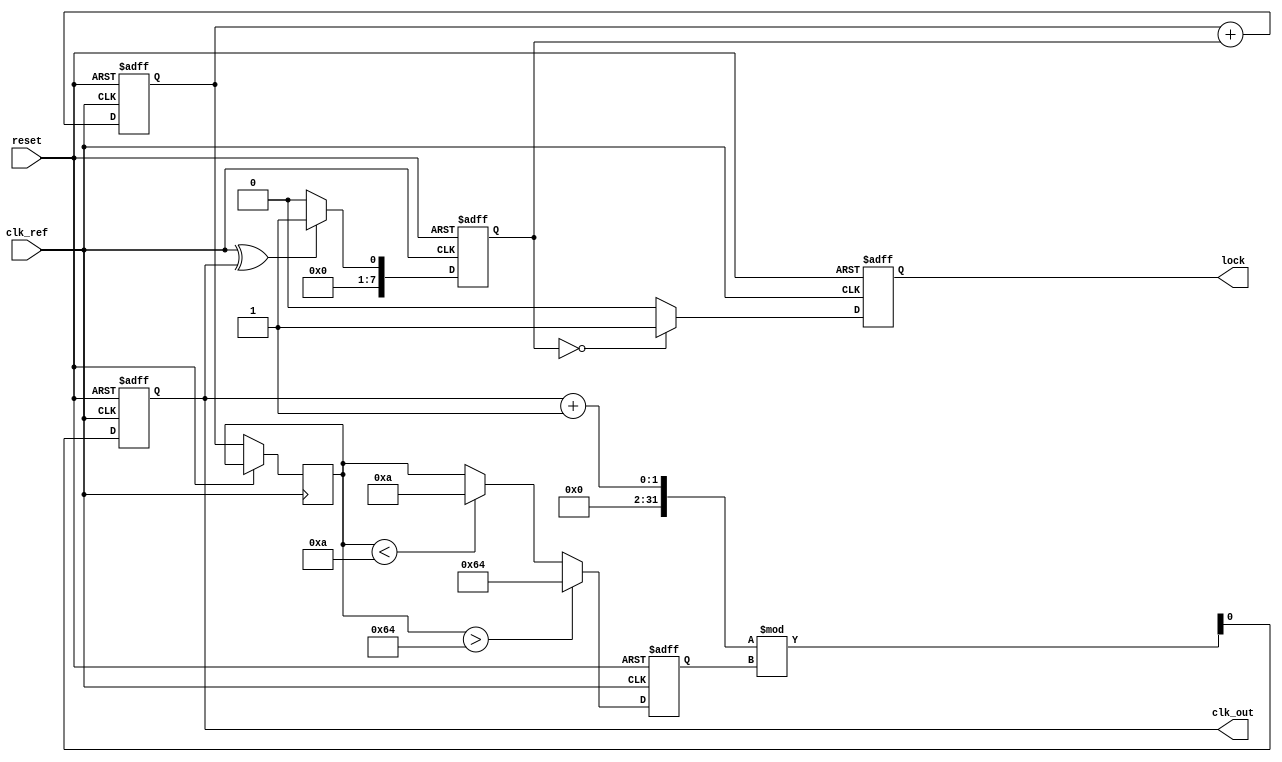
module PLL (
    input wire clk_ref,          // Reference clock input
    input wire reset,            // Reset signal
    output reg clk_out,          // Output clock
    output reg lock              // Lock indicator
);

// Parameters
parameter integer VCO_MAX_FREQ = 100; // Maximum VCO frequency
parameter integer VCO_MIN_FREQ = 10;   // Minimum VCO frequency
parameter integer DIVIDER = 4;          // Feedback divider

// Internal signals
reg [7:0] phase_error;                  // Phase error signal
reg [7:0] control_voltage;               // Control voltage for VCO
reg [7:0] vco_output;                    // VCO output frequency
reg [7:0] feedback;                      // Feedback signal
reg [7:0] loop_filter;                   // Loop filter output
reg vco_enable;                          // VCO enable signal

// Phase Detector (PD)
always @(posedge clk_ref or posedge reset) begin
    if (reset) begin
        phase_error <= 0;
    end else begin
        // Simple XOR phase detector
        phase_error <= (clk_ref ^ clk_out) ? 1 : 0; // Phase error signal
    end
end

// Loop Filter (LF)
always @(posedge clk_ref or posedge reset) begin
    if (reset) begin
        loop_filter <= 0;
    end else begin
        // Simple proportional-integral filter
        loop_filter <= loop_filter + phase_error; // Integrate phase error
        control_voltage <= loop_filter; // Update control voltage
    end
end

// Voltage-Controlled Oscillator (VCO)
always @(posedge clk_ref or posedge reset) begin
    if (reset) begin
        vco_output <= VCO_MIN_FREQ; // Start at minimum frequency
        clk_out <= 0;
        vco_enable <= 0;
    end else begin
        // Control VCO output frequency based on control voltage
        if (control_voltage > VCO_MAX_FREQ) begin
            vco_output <= VCO_MAX_FREQ;
        end else if (control_voltage < VCO_MIN_FREQ) begin
            vco_output <= VCO_MIN_FREQ;
        end else begin
            vco_output <= control_voltage; // Linear relationship
        end
        
        // Generate output clock based on VCO output
        clk_out <= (clk_out + 1) % vco_output; // Simple clock generation
        vco_enable <= 1; // Enable VCO
    end
end

// Feedback Path
always @(posedge clk_ref or posedge reset) begin
    if (reset) begin
        feedback <= 0;
    end else begin
        feedback <= clk_out / DIVIDER; // Feedback divided clock
    end
end

// Lock Detection
always @(posedge clk_ref or posedge reset) begin
    if (reset) begin
        lock <= 0;
    end else begin
        // Simple lock detection logic
        if (phase_error == 0) begin
            lock <= 1; // Locked state
        end else begin
            lock <= 0; // Not locked
        end
    end
end

endmodule